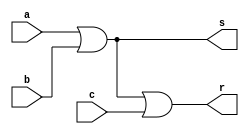
// -------------------------
// Nome: Pedro Henrique Hardeman Guedes
// -------------------------
// -------------------------
// -- or gate
// -------------------------

// UMA SAIDA, NAO DUAS !

module orgate ( output s,
					 output r,
                            input  a, 
									 input  b,
									 input  c);
assign s = a|b;
assign r = s|c;
endmodule // orgate
// ---------------------
// -- test or gate
// ---------------------
module testorgate;
// ------------------------- dados locais
   reg   a, b, c; // definir registradores
wire  s, r;    // definir conexao (fio)
// ------------------------- instancia
   orgate NOR1 (s, r, a, b, c);
// ------------------------- preparacao
   initial begin:start
                   // atribuicao simultanea
// dos valores iniciais
      a=0; b=0; c=0;
   end// ------------------------- parte principal
   initial begin
      $monitor("Exercicio2 - Pedro Henrique Hardeman Guedes - 397260");
      $monitor("Test NOR gate");
$monitor("\na & b = s\n");
      a=0; b=0; c=0;
  #1  $display("%b & %b & %b = %b", a, b, c, r);
    	a=0; b=0; c=1;
  #1  $display("%b & %b & %b = %b", a, b, c, r);
      a=0; b=1; c=0;
  #1  $display("%b & %b & %b = %b", a, b, c, r);
      a=1; b=0; c=0;
  #1  $display("%b & %b & %b = %b", a, b, c, r);
  		a=0; b=1; c=1;
  #1  $display("%b & %b & %b = %b", a, b, c, r);
		a=1; b=0; c=1;
  #1  $display("%b & %b & %b = %b", a, b, c, r);
		a=1; b=1; c=0;
  #1  $display("%b & %b & %b = %b", a, b, c, r);
		a=1; b=1; c=1;
  #1  $display("%b & %b & %b = %b", a, b, c, r);
end
endmodule // testorgate